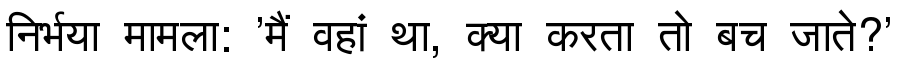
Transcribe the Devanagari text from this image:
निर्भया मामला: 'मैं वहां था, क्या करता तो बच जाते?'